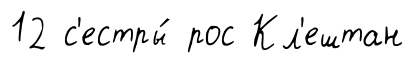
12 с'естры́ рос Кл'ештан